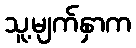
သူ့မျက်နှာက